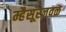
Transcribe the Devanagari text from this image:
म्हैसूरजवळ